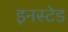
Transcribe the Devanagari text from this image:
इनस्टेड